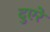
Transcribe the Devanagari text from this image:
दुएरे